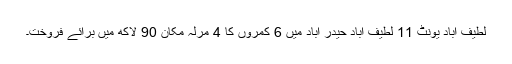
لطیف آباد یونٹ 11 لطیف آباد حیدر آباد میں 6 کمروں کا 4 مرلہ مکان 90 لاکھ میں برائے فروخت۔